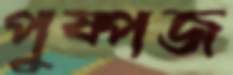
পুষ্পজ